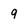
Character: 9